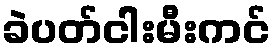
ခဲပတ်ငါးမီးကင်